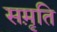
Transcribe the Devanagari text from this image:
सम़ृति